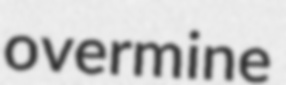
overmine